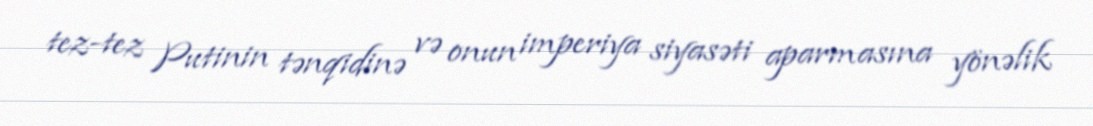
tez-tez Putinin tənqidinə və onun imperiya siyasəti aparmasına yönəlik